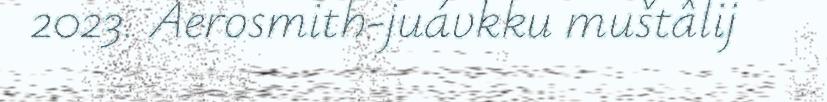
2023. Aerosmith-juávkku muštâlij